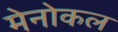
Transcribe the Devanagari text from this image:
मेनोकल